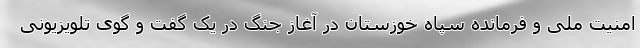
امنیت ملی و فرمانده سپاه خوزستان در آغاز جنگ در یک گفت و گوی تلویزیونی